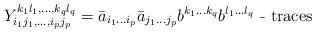
LaTeX: \begin{align*}Y_{i_1 j_1, \ldots , i_p j_p}^{k_1 l_1, \ldots ,k_q l_q}=\bar{a}_{i_1 \ldots i_p} \bar{a}_{j_1 \ldots j_p} b^{k_1 \ldots k_q}b^{l_1 \ldots l_q} \mbox{ - traces }\end{align*}